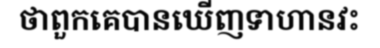
ថាពួកគេបានឃើញទាហានវះ